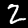
Digit: 2